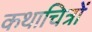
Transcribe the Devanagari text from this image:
कथाचित्रों